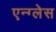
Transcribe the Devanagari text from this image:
एन्ग्लेस